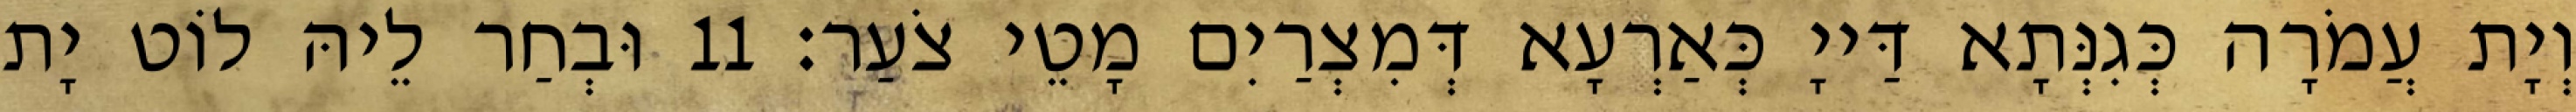
וְיָת עֲמֹרָה כְּגִנְּתָא דַּייָ כְּאַרְעָא דְּמִצְרַיִם מָטֵי צֹעַר׃ 11 וּבְחַר לֵיהּ לוֹט יָת